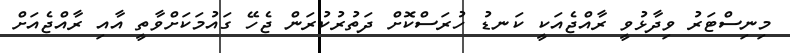
މިނިސްޓަރު ވިދާޅުވީ ރާއްޖެއަކީ ކަނޑު ހުރަސްކޮށް ދަތުރުކުރަން ޖެހޭ ގައުމަކަށްވާތީ އާއި ރާއްޖެއަށް